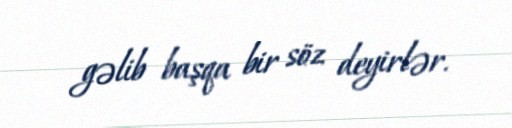
gəlib başqa bir söz deyirlər.